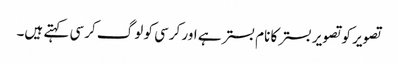
تصویر کو تصویر بستر کا نام بستر ہے اور کرسی کو لوگ کرسی کہتے ہیں۔